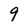
Character: 9